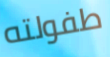
طفولته